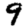
Digit: 9